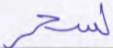
لسحر